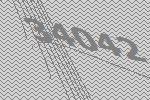
34042